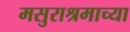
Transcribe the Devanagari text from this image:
मसुराश्रमाच्या